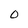
Character: O